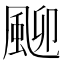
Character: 𩖴